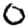
Digit: 0